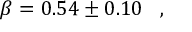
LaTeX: \beta = 0 . 5 4 \pm 0 . 1 0 \, \, \, \, \, , \, \, \, \, \,